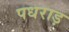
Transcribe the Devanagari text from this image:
पधराड़